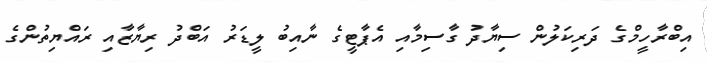
އިބްރާހީމްގެ ދަރިކަލުން ސިޔާދު ގާސިމާއި އެޕާޓީގެ ނާއިބު ލީޑަރު އަބްދު ރިޔާޒާއި ރައްޔިތުންގެ